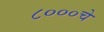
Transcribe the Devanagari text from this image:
८०००चे